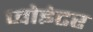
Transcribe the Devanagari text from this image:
प्वोइंटर